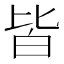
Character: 皆